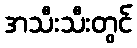
အသီးသီးတွင်